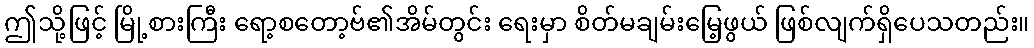
ဤသို့ဖြင့် မြို့စားကြီး ရော့စတော့ဗ်၏အိမ်တွင်း ရေးမှာ စိတ်မချမ်းမြေ့ဖွယ် ဖြစ်လျက်ရှိပေသတည်း။